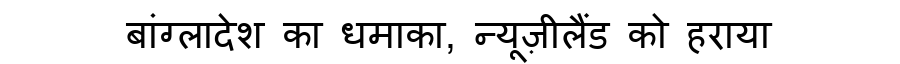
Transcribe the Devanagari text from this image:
बांग्लादेश का धमाका, न्यूज़ीलैंड को हराया